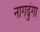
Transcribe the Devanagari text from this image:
नागढुंगा